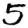
Digit: 5